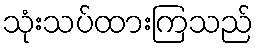
သုံးသပ်ထားကြသည်